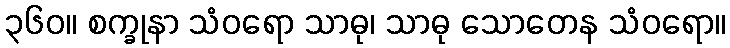
၃၆၀။ စက္ခုနာ သံဝရော သာဓု၊ သာဓု သောတေန သံဝရော။